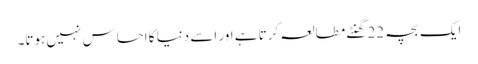
ایک بچہ 22 گھنٹے مطالعہ کرتا ہے اور اسے دنیا کا احساس نہیں ہوتا۔